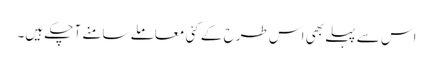
اس سے پہلے بھی اس طرح کے کئی معاملے سامنے آ چکے ہیں۔